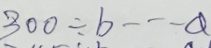
3 0 0 \div b \cdots a